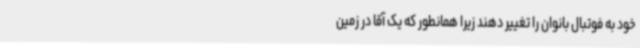
خود به فوتبال بانوان را تغییر دهند زیرا همانطور که یک آقا در زمین